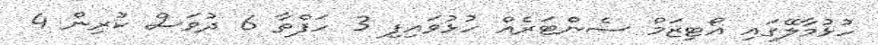
ހުޅުމާލޭގައި އޯޓިޒަމް ސެންޓަރެއް ހުޅުވައިފި 3 ހަފްތާ 6 ދުވަސް ކުރިން 4